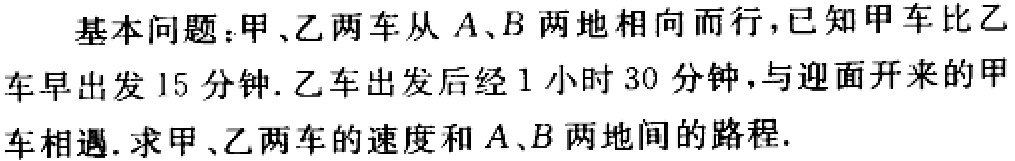
基本问题：甲、乙两车从\(A\)、\(B\)两地相向而行，已知甲车比乙车早出发\(15\)分钟. 乙车出发后经\(1\)小时\(30\)分钟，与迎面开来的甲车相遇. 求甲、乙两车的速度和\(A\)、\(B\)两地间的路程.